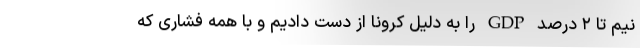
نیم تا ۲ درصد GDP را به دلیل کرونا از دست دادیم و با همه فشاری که